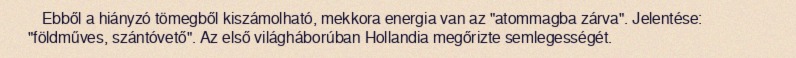
Ebből a hiányzó tömegből kiszámolható, mekkora energia van az "atommagba zárva". Jelentése: "földműves, szántóvető". Az első világháborúban Hollandia megőrizte semlegességét.